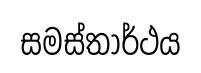
සමස්තාර්ථය